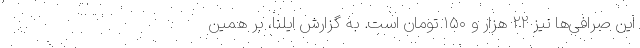
این صرافی‌ها نیز ۲۲ هزار و ۱۵۰ تومان است. به گزارش ایلنا، بر همین‌